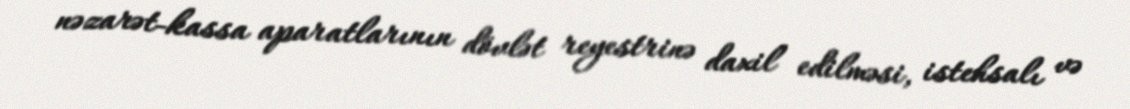
nəzarət-kassa aparatlarının dövlət reyestrinə daxil edilməsi, istehsalı və